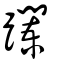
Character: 躝